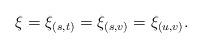
LaTeX: \begin{align*}\xi = \xi_{(s,t)} = \xi_{(s,v)} = \xi_{(u,v)}.\end{align*}